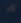
Transcribe